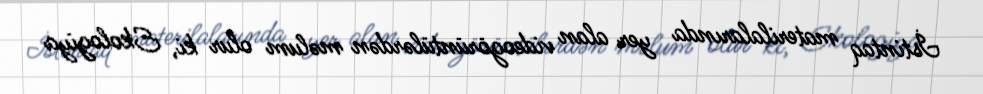
İstintaq materilalarında yer alan videogörüntülərdən məlum olur ki, Ekologiya